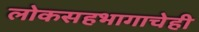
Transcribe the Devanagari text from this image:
लोकसहभागाचेही